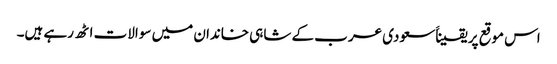
اس موقع پر یقیناََ سعودی عرب کے شاہی خاندان میں سوالات اٹھ رہے ہیں۔